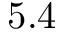
5 . 4